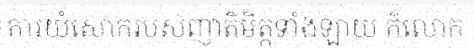
ការយំសោករបស់ញាតិមិត្តទាំងឡាយ ក៏លោក